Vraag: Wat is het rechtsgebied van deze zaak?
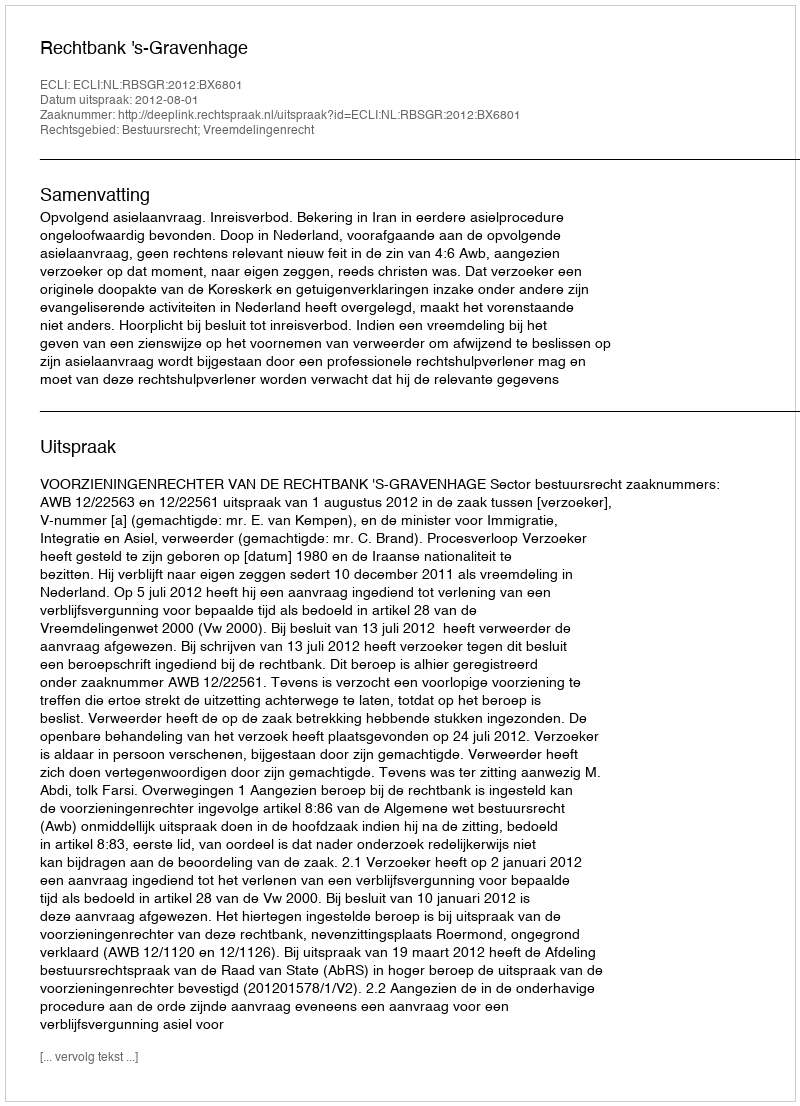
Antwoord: Bestuursrecht; Vreemdelingenrecht